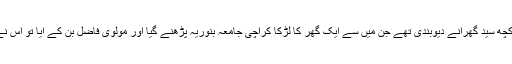
اس نے بتایا کہ ان کے علاقے میں کچھ سید گھرانے دیوبندی تھے جن میں سے ایک گھر کا لڑکا کراچی جامعہ بنوریہ پڑھنے گیا اور مولوی فاضل بن کے آیا تو اس نے وہاں پہ سخت منافرت پیدا کردی ۔